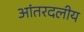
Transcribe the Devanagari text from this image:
आंतरदलीय